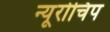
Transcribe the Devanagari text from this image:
न्यूरोचिप